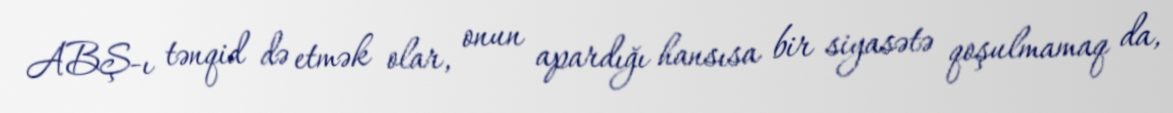
ABŞ-ı tənqid də etmək olar, onun apardığı hansısa bir siyasətə qoşulmamaq da,